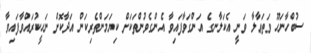
ސުބްހާނަހޫ ވަތަޢާލާ ވަނީ އެކަލާނގެ އަންގަވާފައިވާ އެންގެވުންތަކަށް ކިޔަމަންތެރިކަން އަދާކޮށް ނަހީކުރައްވާފައިވާ